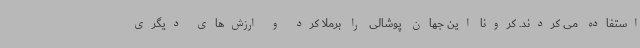
استفاده می کردند. کرونا این جهان پوشالی را برملا کرد و ارزش‌های دیگری